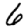
Digit: 6